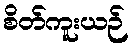
စိတ်ကူးယဉ်